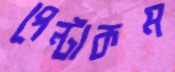
পেন্টাকম